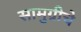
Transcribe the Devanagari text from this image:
सामुग्रीचे